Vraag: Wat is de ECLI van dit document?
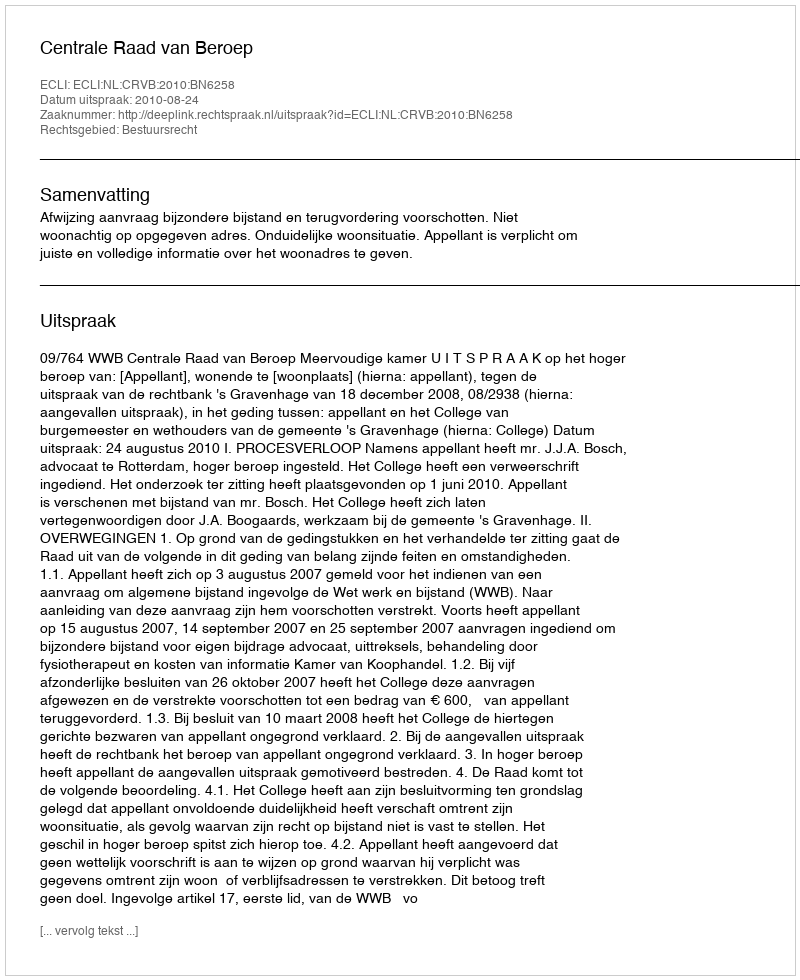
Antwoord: ECLI:NL:CRVB:2010:BN6258